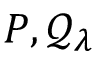
P , \mathcal { Q } _ { \lambda }